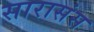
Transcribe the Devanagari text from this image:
सारासंस